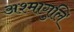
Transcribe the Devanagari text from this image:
अश्मागुलि